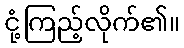
ငုံ့ကြည့်လိုက်၏။